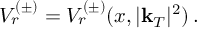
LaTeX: V _ { r } ^ { ( \pm ) } = V _ { r } ^ { ( \pm ) } ( x , | \mathbf { k } _ { T } | ^ { 2 } ) \, .